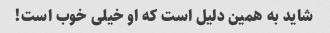
شاید به همین دلیل است که او خیلی خوب است!